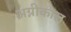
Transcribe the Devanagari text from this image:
अग्नीकाल